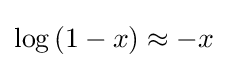
\log \left(1-x\right)\approx -x